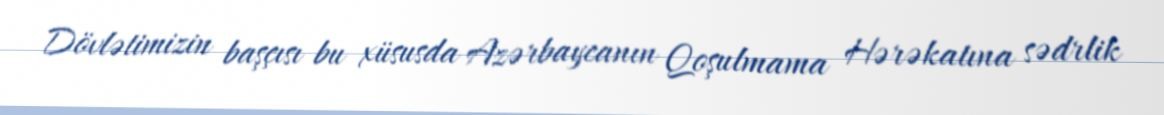
Dövlətimizin başçısı bu xüsusda Azərbaycanın Qoşulmama Hərəkatına sədrlik